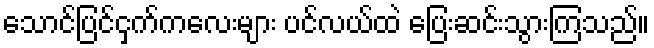
သောင်ပြင်ငှက်ကလေးများ ပင်လယ်ထဲ ပြေးဆင်းသွားကြသည်။